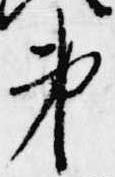
第